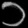
Digit: ၁